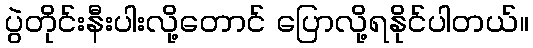
ပွဲတိုင်းနီးပါးလို့တောင် ပြောလို့ရနိုင်ပါတယ်။